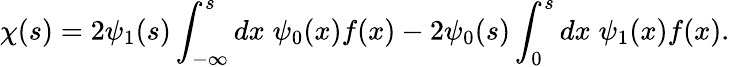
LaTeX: \chi(s)=2\psi_{1}(s)\int_{-\infty}^{s}dx\; \psi_{0}(x)f(x)-2\psi_{0}(s)\int_{0}^{s}dx\; \psi_{1}(x)f(x).